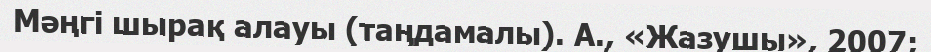
Мәңгі шырақ алауы (таңдамалы). А., «Жазушы», 2007;